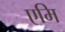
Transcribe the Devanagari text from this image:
एमि